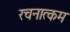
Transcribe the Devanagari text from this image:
रचनात्‍कम